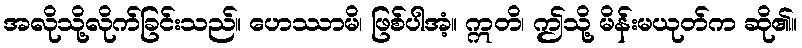
အလိုသို့လိုက်ခြင်းသည်။ ဟေဿာမိ၊ ဖြစ်ပါအံ့။ ဣတိ၊ ဤသို့ မိန်းမယုတ်က ဆို၏။